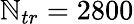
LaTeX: \mathbb{N}_{tr}=2800